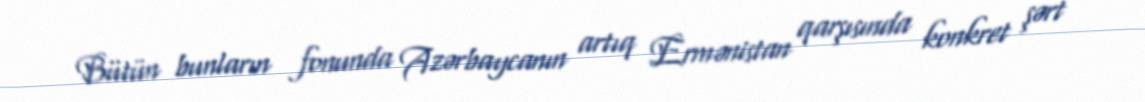
Bütün bunların fonunda Azərbaycanın artıq Ermənistan qarşısında konkret şərt